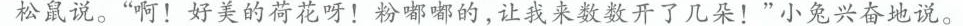
松鼠说。”啊！好美的荷花呀！粉嘟嘟的，让我来数数开了几朵！”小兔兴奋地说。